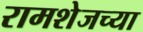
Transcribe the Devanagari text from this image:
रामशेजच्या